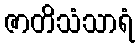
ဇာတိသံသာရံ